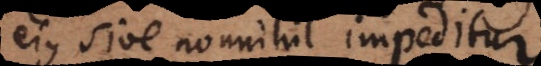
ejus sive nonnihil impeditur)